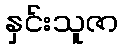
နှင်းသူဇာ